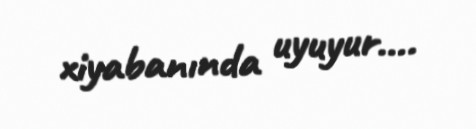
xiyabanında uyuyur….